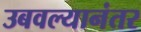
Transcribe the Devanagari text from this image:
उबवल्यानंतर